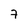
Character: 7